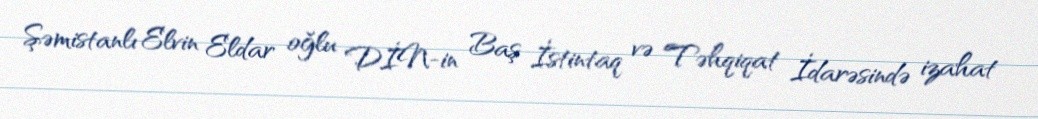
Şəmistanlı Elvin Eldar oğlu DİN-in Baş İstintaq və Təhqiqat İdarəsində izahat